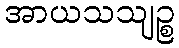
အာယသသျဉ္စ